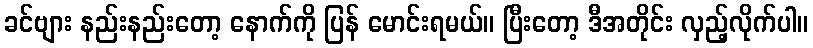
ခင်ဗျား နည်းနည်းတော့ နောက်ကို ပြန် မောင်းရမယ်။ ပြီးတော့ ဒီအတိုင်း လှည့်လိုက်ပါ။